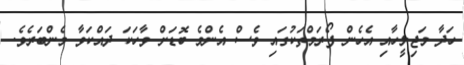
ހަދާ މަޖިލީހާއި އެހެން ފޯރަމްތަކުގައި ވެސް އެންމެ ބޮޑަށް ވާހަކަ ދައްކަވާ މެންބަރެވެ.